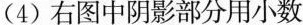
(4)右图中阴影部分用小数